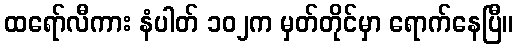
ထရော်လီကား နံပါတ် ၁၀၂က မှတ်တိုင်မှာ ရောက်နေပြီ။